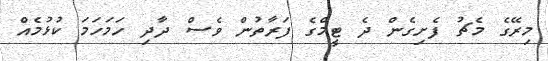
މިރޭގެ މެޗު ފެށިގެން ދެ ޓީމްގެ ފަރާތުން ވެސް ދާދި ހަމަހަމަ ކުޅުމެއް